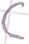
Text: C